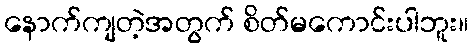
နောက်ကျတဲ့အတွက် စိတ်မကောင်းပါဘူး။